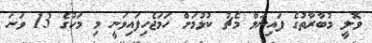
ވޮލީ މުބާރާތުގެ ފައިނަލް މެޗު ކުޅުމަށް ހަމަޖެހިފައިވަނީ މި މަހުގެ 13 ވަނަ